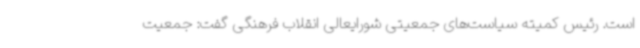
است. رئیس کمیته سیاست‌های جمعیتی شورایعالی انقلاب فرهنگی گفت: جمعیت